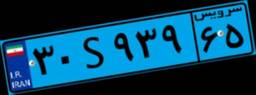
۷۷S۹۲۲۷۱